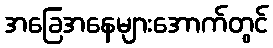
အခြေအနေများအောက်တွင်